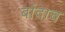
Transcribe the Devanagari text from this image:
बांदाच